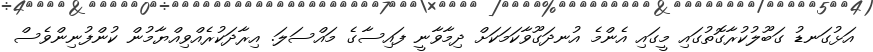
އަޅުގަނޑު ގަބޫލުކުރާގޮތުގައި މީގައި އެންމެ އުނދަގޫވާކަމަކަށް ދިމާވާނީ ފައިސާގެ މައްސަލަ. އިރާދަކުރެއްވިއްޔާމުން ކުންފުނިންވެސް